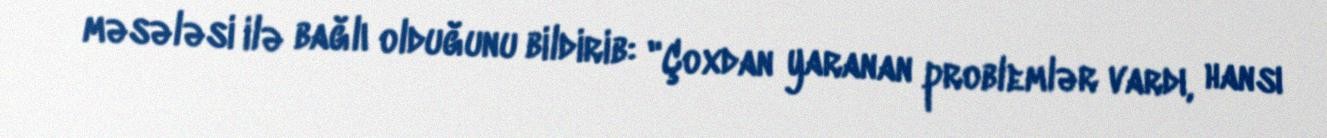
məsələsi ilə bağlı olduğunu bildirib: "Çoxdan yaranan problemlər vardı, hansı